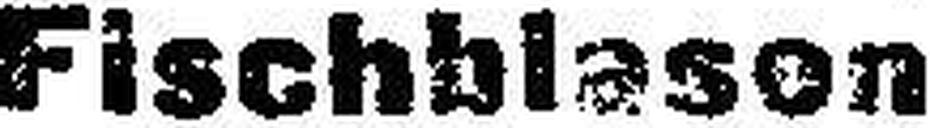
Fischblason